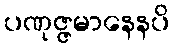
ပဏုဇ္ဇမာနေနပိ